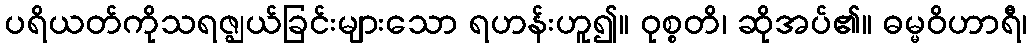
ပရိယတ်ကိုသရဇ္ဈယ်ခြင်းများသော ရဟန်းဟူ၍။ ဝုစ္စတိ၊ ဆိုအပ်၏။ ဓမ္မဝိဟာရီ၊